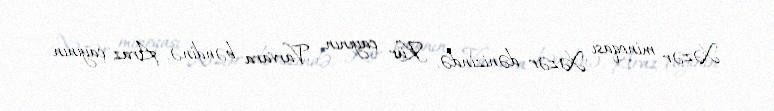
Xəzər minoqası Xəzər dənizində, Kür çayının Varvara bəndinə, Araz çayının